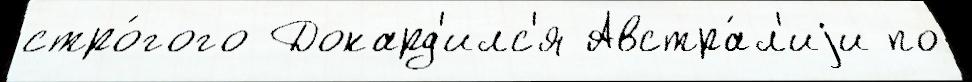
стро́гого Докард'илс'я Австра́л'иjи по